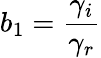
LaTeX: b_{1}=\frac{\gamma_{i}}{\gamma_{r}}